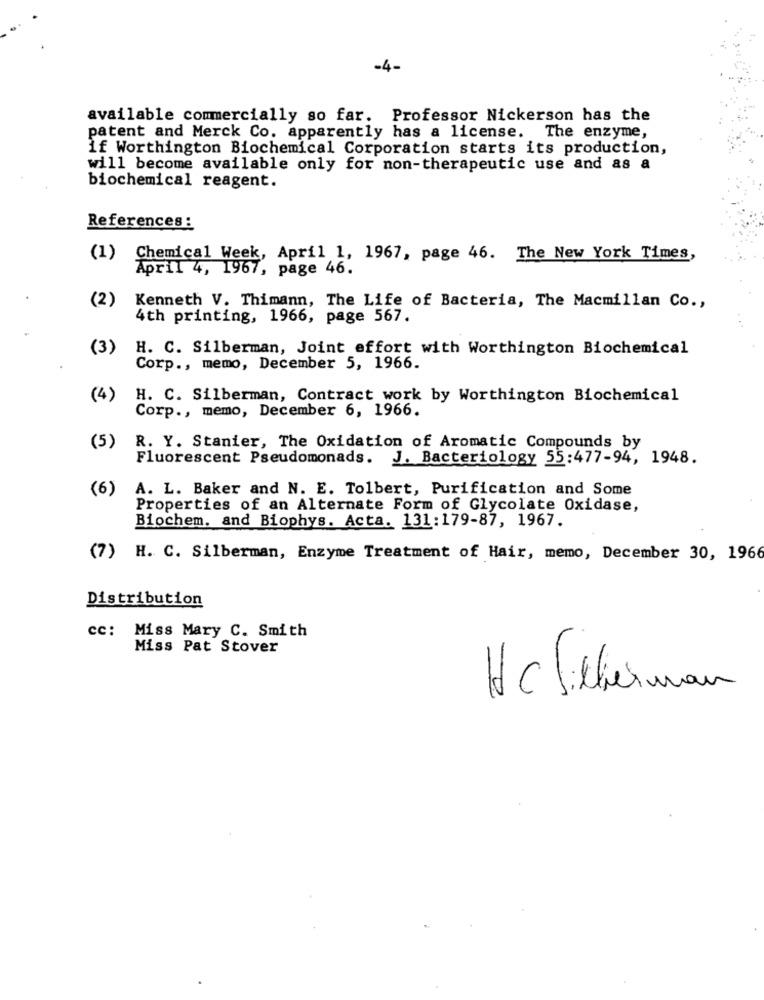
-4-
available commercially so far. Professor Nickerson has the
patent and Merck Co. apparently has a license. The enzyme,
if Worthington Biochemical Corporation starts its production,
will become available only for non-therapeutic use and as a
biochemical reagent.
References :
(1)
Chemical Week, April 1, 1967, page 46. The New York Times,
April 4, 1967, page 46.
(2)
Kenneth V. Thimann, The Life of Bacteria, The Macmillan Co .,
4th printing, 1966, page 567.
(3)
H. C. Silberman, Joint effort with Worthington Biochemical
Corp ., memo, December 5, 1966.
(4)
H. C. Silberman, Contract work by Worthington Biochemical
Corp ., memo, December 6, 1966.
(5)
R. Y. Stanier, The Oxidation of Aromatic Compounds by
Fluorescent Pseudomonads. J. Bacteriology 55:477-94, 1948.
(6)
A. L. Baker and N. E. Tolbert, Purification and Some
Properties of an Alternate Form of Glycolate Oxidase,
Biochem, and Biophys. Acta. 131:179-87, 1967.
(7)
H. C. Silberman, Enzyme Treatment of Hair, memo, December 30, 1966
Distribution
cc: Miss Mary C. Smith
Miss Pat Stover
HC Silberman